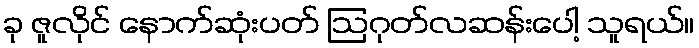
ခု ဇူလိုင် နောက်ဆုံးပတ် ဩဂုတ်လဆန်းပေါ့ သူရယ်။